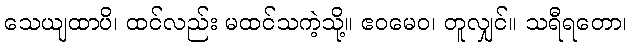
သေယျထာပိ၊ ထင်လည်း မထင်သကဲ့သို့။ ဧဝမေဝ၊ တူလျှင်။ သရီရတော၊